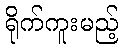
ရိုက်ကူးမည့်